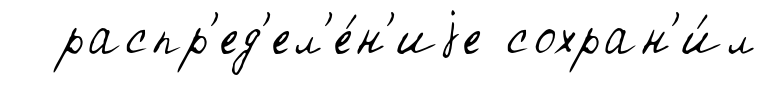
распр'ед'ел'е́н'иjе сохран'и́л